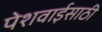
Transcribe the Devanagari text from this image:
पेशवाईसाठी